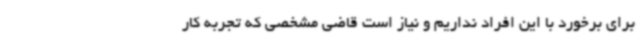
برای برخورد با این افراد نداریم و نیاز است قاضی مشخصی که تجربه کار